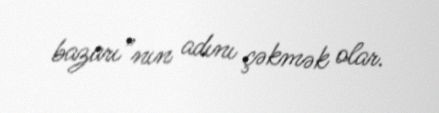
bazarı”nın adını çəkmək olar.